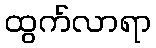
ထွက်လာရာ